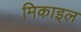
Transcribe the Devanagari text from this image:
मिकाइल